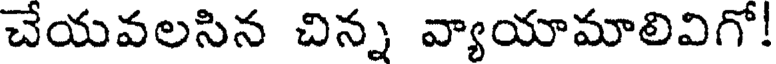
చేయవలసిన చిన్న వ్యాయామాలివిగో!